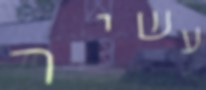
עשיר